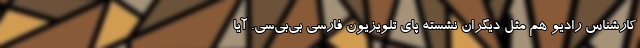
کارشناس رادیو هم مثل دیگران نشسته پای تلویزیون فارسی بی‌بی‌سی. آیا